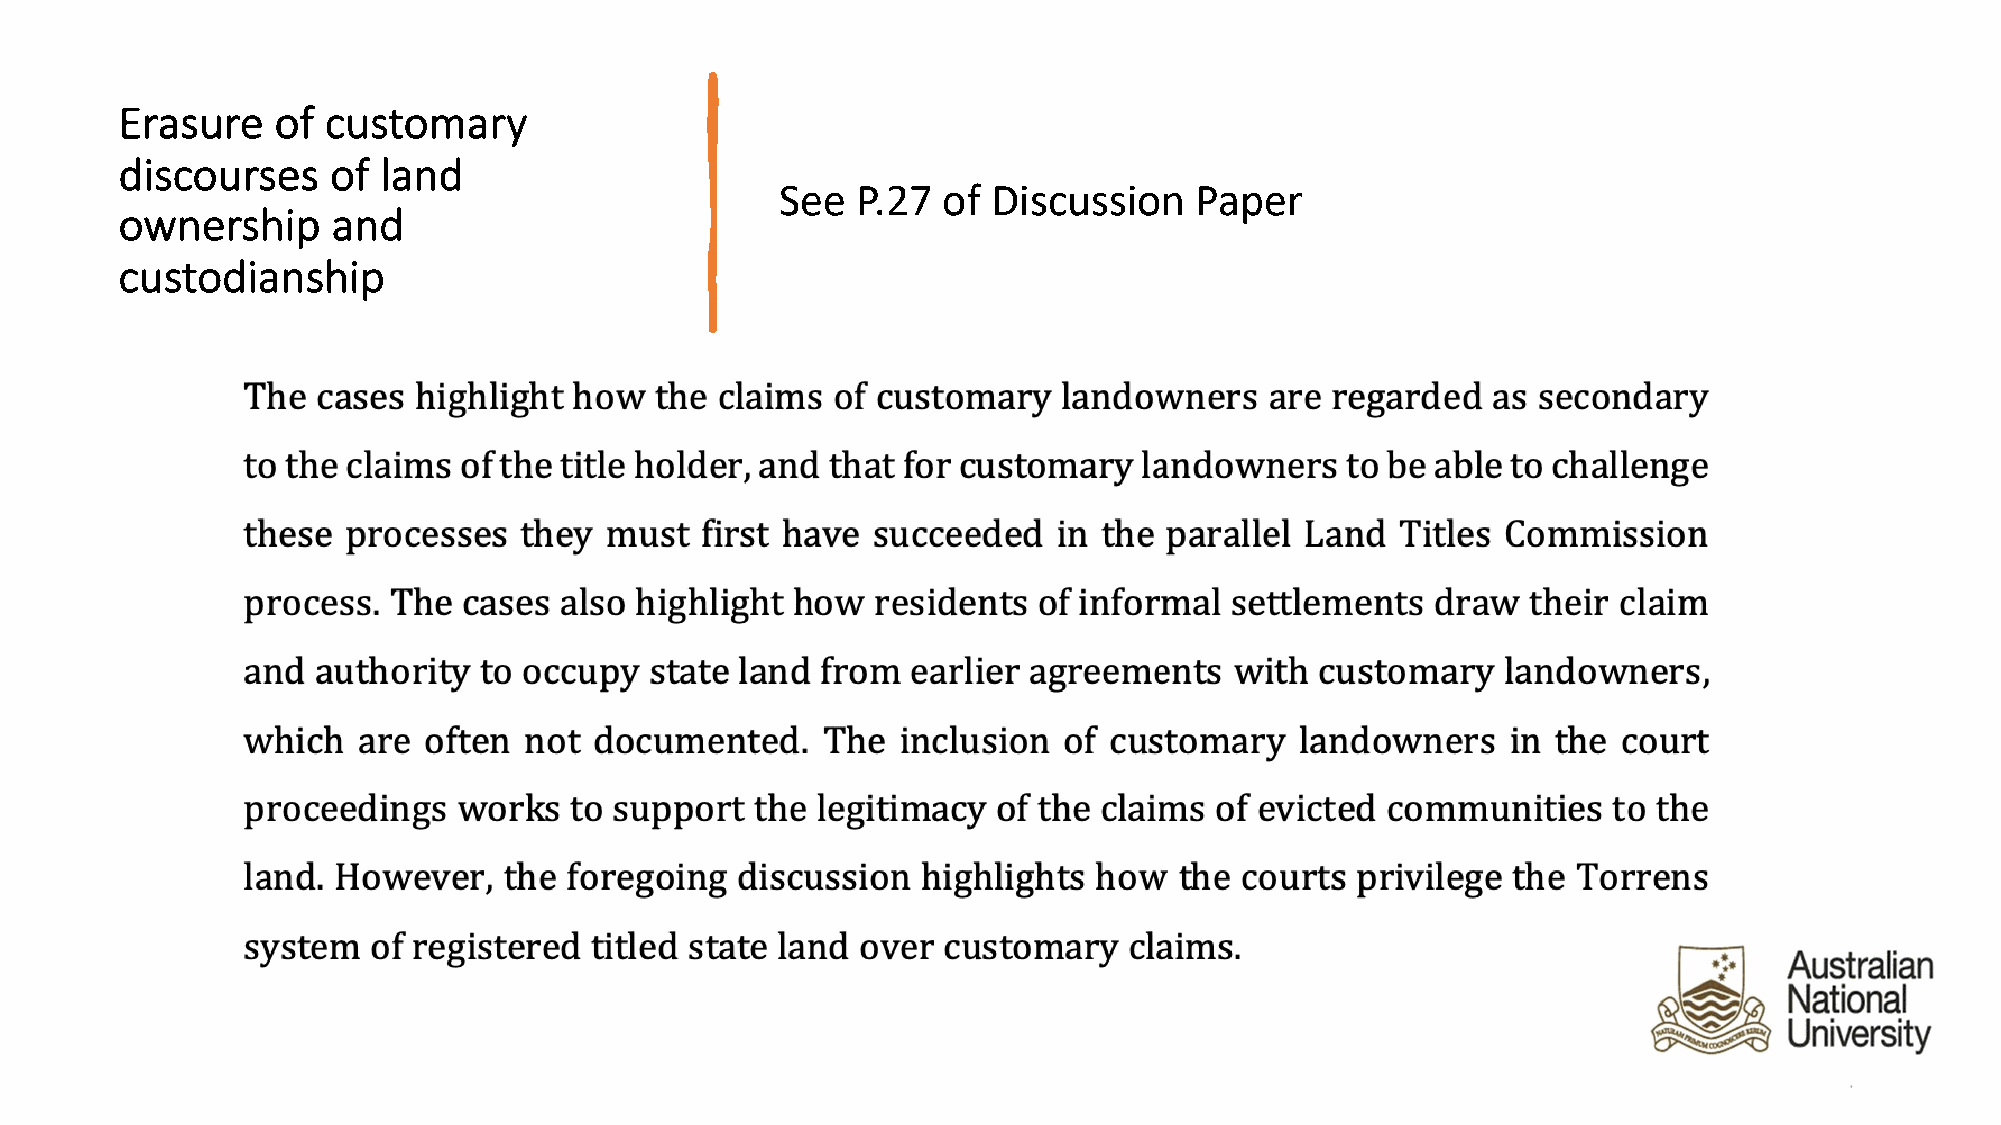
Erasure   of customary
 discourses    of land
 See  P.27 of  Discussion   Paper
 ownership     and
 custodianship